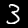
Label: 3